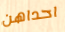
احداهن